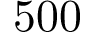
5 0 0